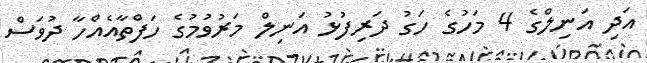
އަދި އަނިލްގެ 4 މަހުގެ ހަގު ދަރިފުޅު އަނިލް މަރުވުމުގެ ހަފްތާާއެއްހާާ ދުވަސް